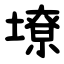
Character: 㙩